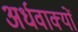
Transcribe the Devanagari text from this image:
अर्धवाक्यों